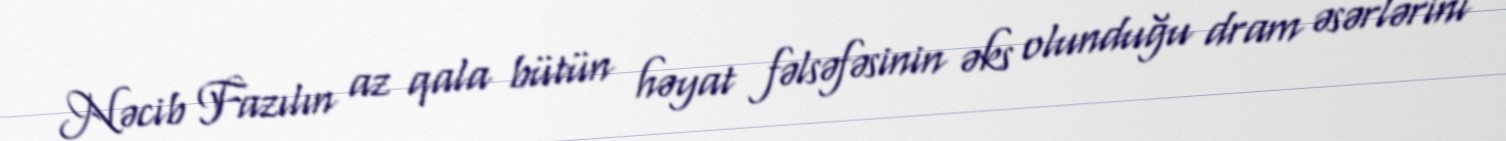
Nəcib Fazılın az qala bütün həyat fəlsəfəsinin əks olunduğu dram əsərlərini